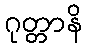
ဂုတ္တာနိ